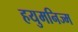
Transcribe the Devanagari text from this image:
हयुमनिज्म